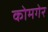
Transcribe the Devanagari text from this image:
कोमगेर